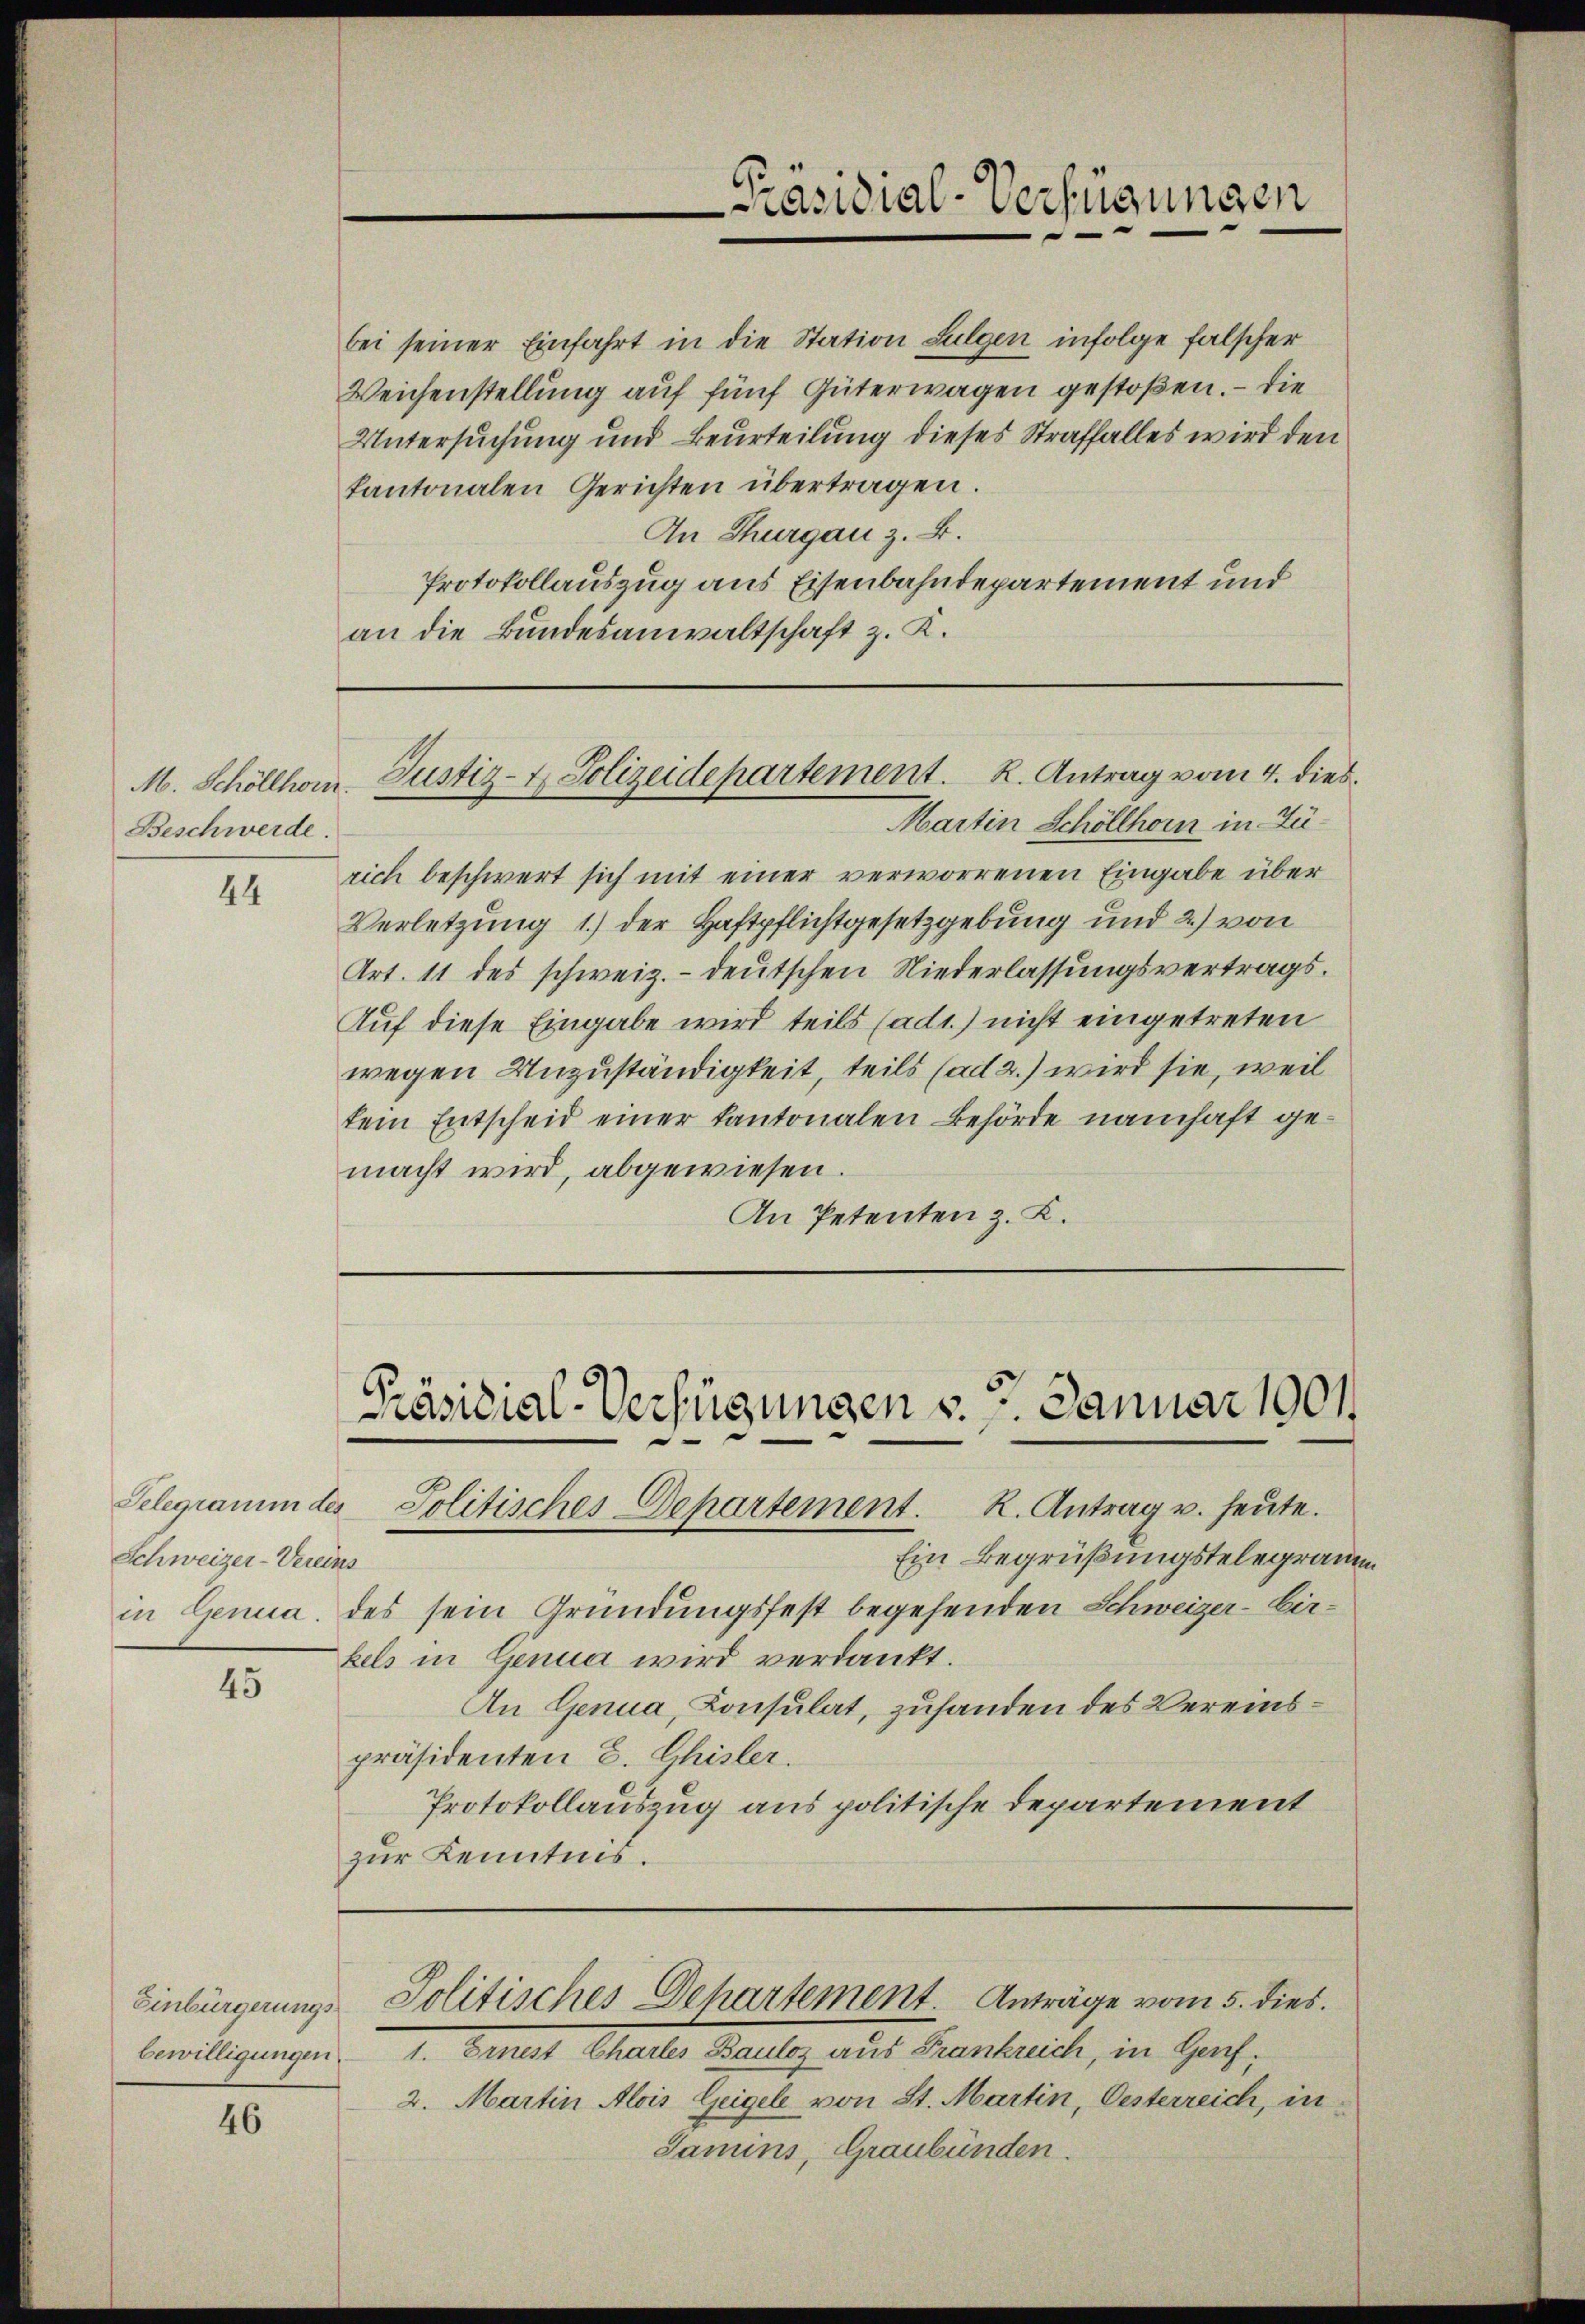
Präsidial-Verfügungen

bei seiner Einfahrt in die Station Sulgen infolge falscher
Weichenstellung auf fünf Güterwagen gestoßen. — Die
Untersuchung und Beurteilung dieses Straffalles wird den
kantonalen Gerichten übertragen.
In Thurgau z. B.
Protokollauszug aus Eisenbahndepartement und
an die Bundesanwaltschaft z. K.

Justiz- & Polizeidepartement. K. Antrag vom 4. dies

M. Schöllhorn
Beschwerde.

Martin Schöllhorn in Zürich beschwert sich mit einer verworrenen Eingabe über
Verletzung 1.) der Haftpflichtgesetzgebung und 2) von
Art. 11 des schweiz.- deutschen Niederlassungsvertrags¬
Auf diese Eingabe wird teils (adt) nicht eingetreten
wegen Unzuständigkeit, teils (ad 2.) wird sie, weil
tem Entscheid einer Kantonalen Behörde namhaft gemacht wird, abgewiesen.
An Petenten z. K.

44

Präsidial-Verfügungen v. 7. Januar 1901
R. Antrag u. heute.
Jolitisches Departement.

Ein Begrüßungstelegramm
in Genua, des sein Gründungsfest begehenden Schweizer-Eir-
bels in Genua wird verdankt.
An Genua, Consulat, zuhanden des Vereinspräsidenten E. Ghisler.
Protokollauszug aus politische Departement
zur Kenntnis.

Telegramm des
Schweizer-Vereins

45

Politisches Dehartement Anträge vom 5. dies

Einbürgerungsbewilligungen.

1. Ernest Chartes Baulos aus Frankreich, in Genf.
2. Martin Alois Geigele von St. Martin, Oesterreich, in
Samins, Graubünden.

46